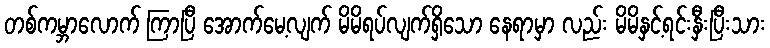
တစ်ကမ္ဘာလောက် ကြာပြီ အောက်မေ့လျက် မိမိရပ်လျက်ရှိသော နေရာမှာ လည်း မိမိနှင့်ရင်းနှီးပြီးသား